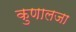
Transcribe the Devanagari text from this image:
कुणालजा